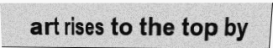
art rises to the top by